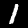
Label: 1